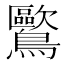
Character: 𲍨